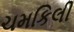
ચમકિલી